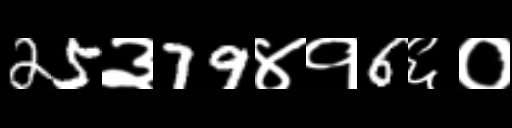
Text: 25३79४१6६०